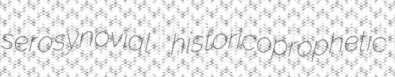
serosynovial historicoprophetic